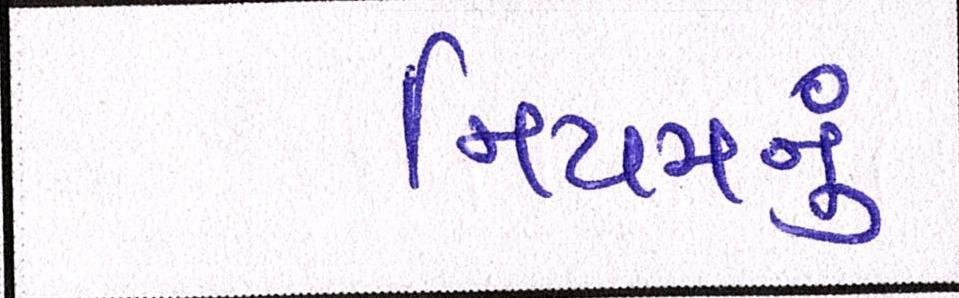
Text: નિયમનું